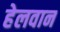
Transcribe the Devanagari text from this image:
हेलवान